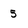
Character: 5